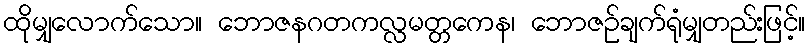
ထိုမျှလောက်သော။ ဘောဇနဂတကလ္လမတ္တကေန၊ ဘောဇဉ်ချက်ရုံမျှတည်းဖြင့်။